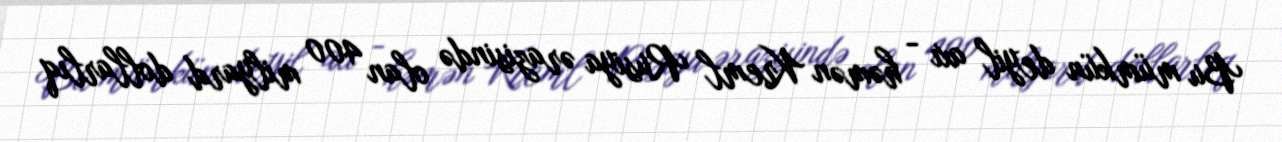
Bu mümkün deyil axı - həmən Kreml Rusiya ərazisində olan 400 milyard dollarlıq